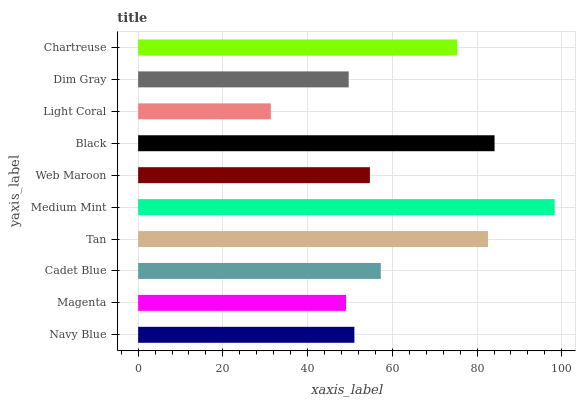
| yaxis_label | bars |
 | --- | --- |
 | Navy Blue | 51 |
 | Magenta | 49.1 |
 | Cadet Blue | 57.3 |
 | Tan | 82.6 |
 | Medium Mint | 98.3 |
 | Web Maroon | 54.7 |
 | Black | 84.1 |
 | Light Coral | 31.3 |
 | Dim Gray | 49.7 |
 | Chartreuse | 75.3 |